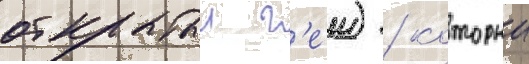
открытыи г'еи) / которыи